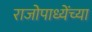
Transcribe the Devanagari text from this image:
राजोपाध्येंच्या